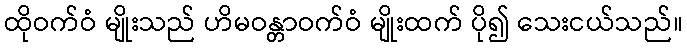
ထိုဝက်ဝံ မျိုးသည် ဟိမဝန္တာဝက်ဝံ မျိုးထက် ပို၍ သေးငယ်သည်။